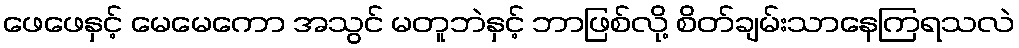
ဖေဖေနှင့် မေမေကော အသွင် မတူဘဲနှင့် ဘာဖြစ်လို့ စိတ်ချမ်းသာနေကြရသလဲ